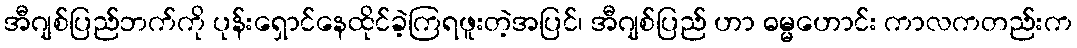
အီဂျစ်ပြည်ဘက်ကို ပုန်းရှောင်နေထိုင်ခဲ့ကြရဖူးတဲ့အပြင်၊ အီဂျစ်ပြည် ဟာ ဓမ္မဟောင်း ကာလကတည်းက